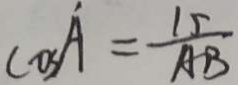
\cos A = \frac { 1 5 } { A B }